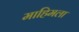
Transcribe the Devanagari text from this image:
माहिमला